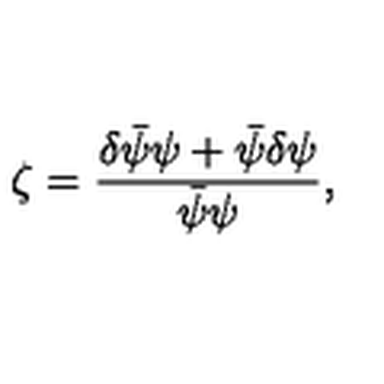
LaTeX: \zeta = \frac { \delta \bar { \psi } \psi + \bar { \psi } \delta \psi } { \bar { \psi } \psi } ,